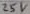
Text: 25V